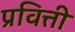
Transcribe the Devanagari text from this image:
प्रवित्ती